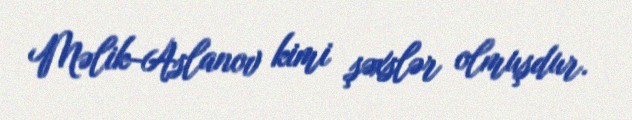
Məlik-Aslanov kimi şəxslər olmuşdur.